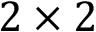
2 \times 2